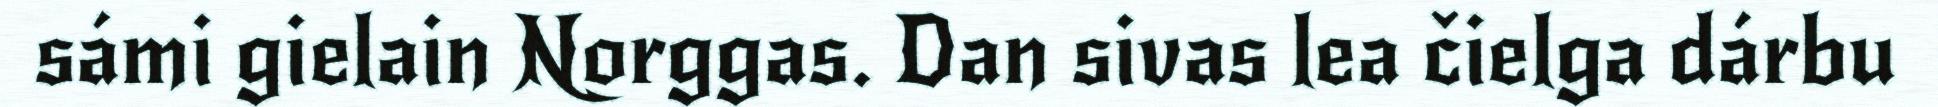
sámi gielain Norggas. Dan sivas lea čielga dárbu